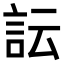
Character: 𧥼